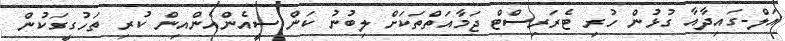
އަލް-ގައިދާއާ ގުޅުން ހުރި ޓެރަރިސްޓް ޖަމާއަތްތަކަށް ލިބުނު ކަން ސީއެންއެންއިން ކުރި ތަހުގީގަކުން